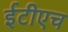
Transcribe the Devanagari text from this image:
ईटीएच